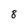
Character: 8